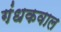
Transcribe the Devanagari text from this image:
गंधकवाल